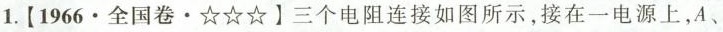
1.【1966\cdot 全国卷\cdot ☆☆☆】三个电阻连接如图所示，接在一电源上，A、